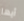
أيها